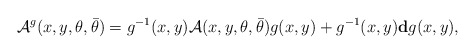
\begin{align*}{\cal A}^g(x,y,\theta,\bar{\theta})=g^{-1}(x,y) {\cal A}(x,y,\theta,\bar{\theta})g(x,y) +g^{-1}(x,y){\bf d}g(x,y), \end{align*}